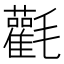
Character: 𣰻